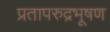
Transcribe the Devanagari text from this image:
प्रतापरुद्रभूषण